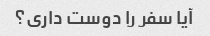
آیا سفر را دوست داری؟